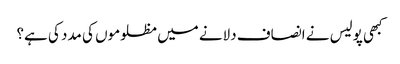
کبھی پولیس نے انصاف دلانے میں مظلوموں کی مدد کی ہے؟